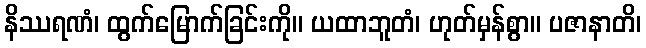
နိဿရဏံ၊ ထွက်မြောက်ခြင်းကို။ ယထာဘူတံ၊ ဟုတ်မှန်စွာ။ ပဇာနာတိ၊